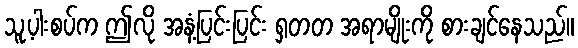
သူ့ပါးစပ်က ဤလို အနံ့ပြင်းပြင်း ရှတတ အရာမျိုးကို စားချင်နေသည်။